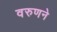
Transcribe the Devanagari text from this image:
वरुणने